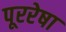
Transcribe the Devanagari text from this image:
पूररेषा